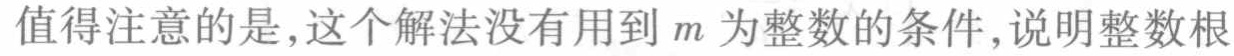
值得注意的是,这个解法没有用到\(m\)为整数的条件,说明整数根